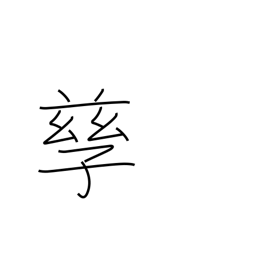
Meaning: bear children